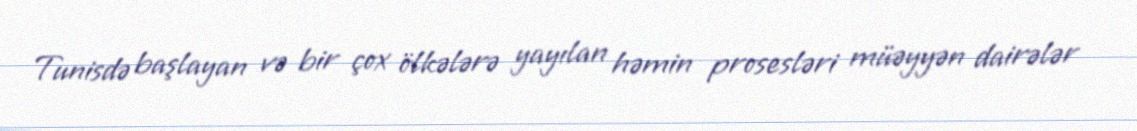
Tunisdə başlayan və bir çox ölkələrə yayılan həmin prosesləri müəyyən dairələr